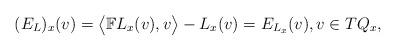
LaTeX: \begin{gather*} ( E _L ) _x (v) = \bigl\langle \mathbb{F} L _x (v) , v \bigr\rangle- L _x (v) = E _{ L _x } (v) , v \in T Q _x ,\end{gather*}